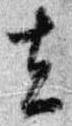
去